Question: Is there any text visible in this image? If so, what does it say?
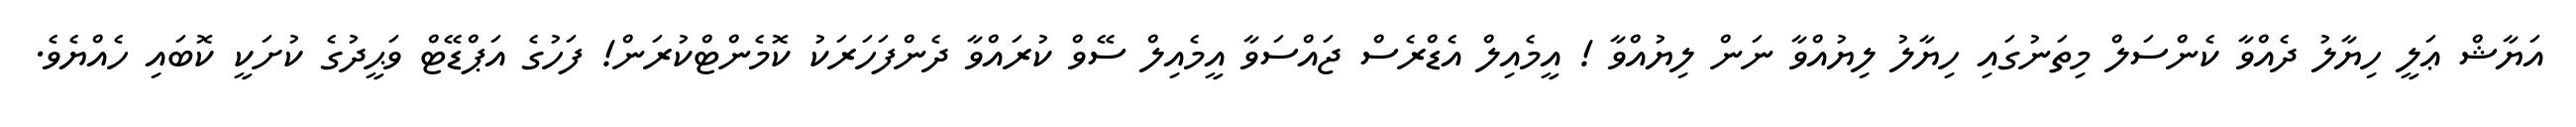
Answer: އަޔާޝް ޢަލީ ހިޔާލު ދެއްވާ ކެންސަލް މިތަނުގައި ހިޔާލު ލިޔުއްވާ ނަން ލިޔުއްވާ ! އީމެއިލް އެޑްރެސް ޖައްސަވާ އީމެއިލް ސޭވް ކުރައްވާ ދެންފަހަރަކު ކޮމެންޓްކުރަން! ފަހުގެ އަޕްޑޭޓް ވަޙީދުގެ ކުށަކީ ކޮބައި ހެއްޔެވެ.